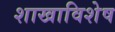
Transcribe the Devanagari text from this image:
शाखाविशेष